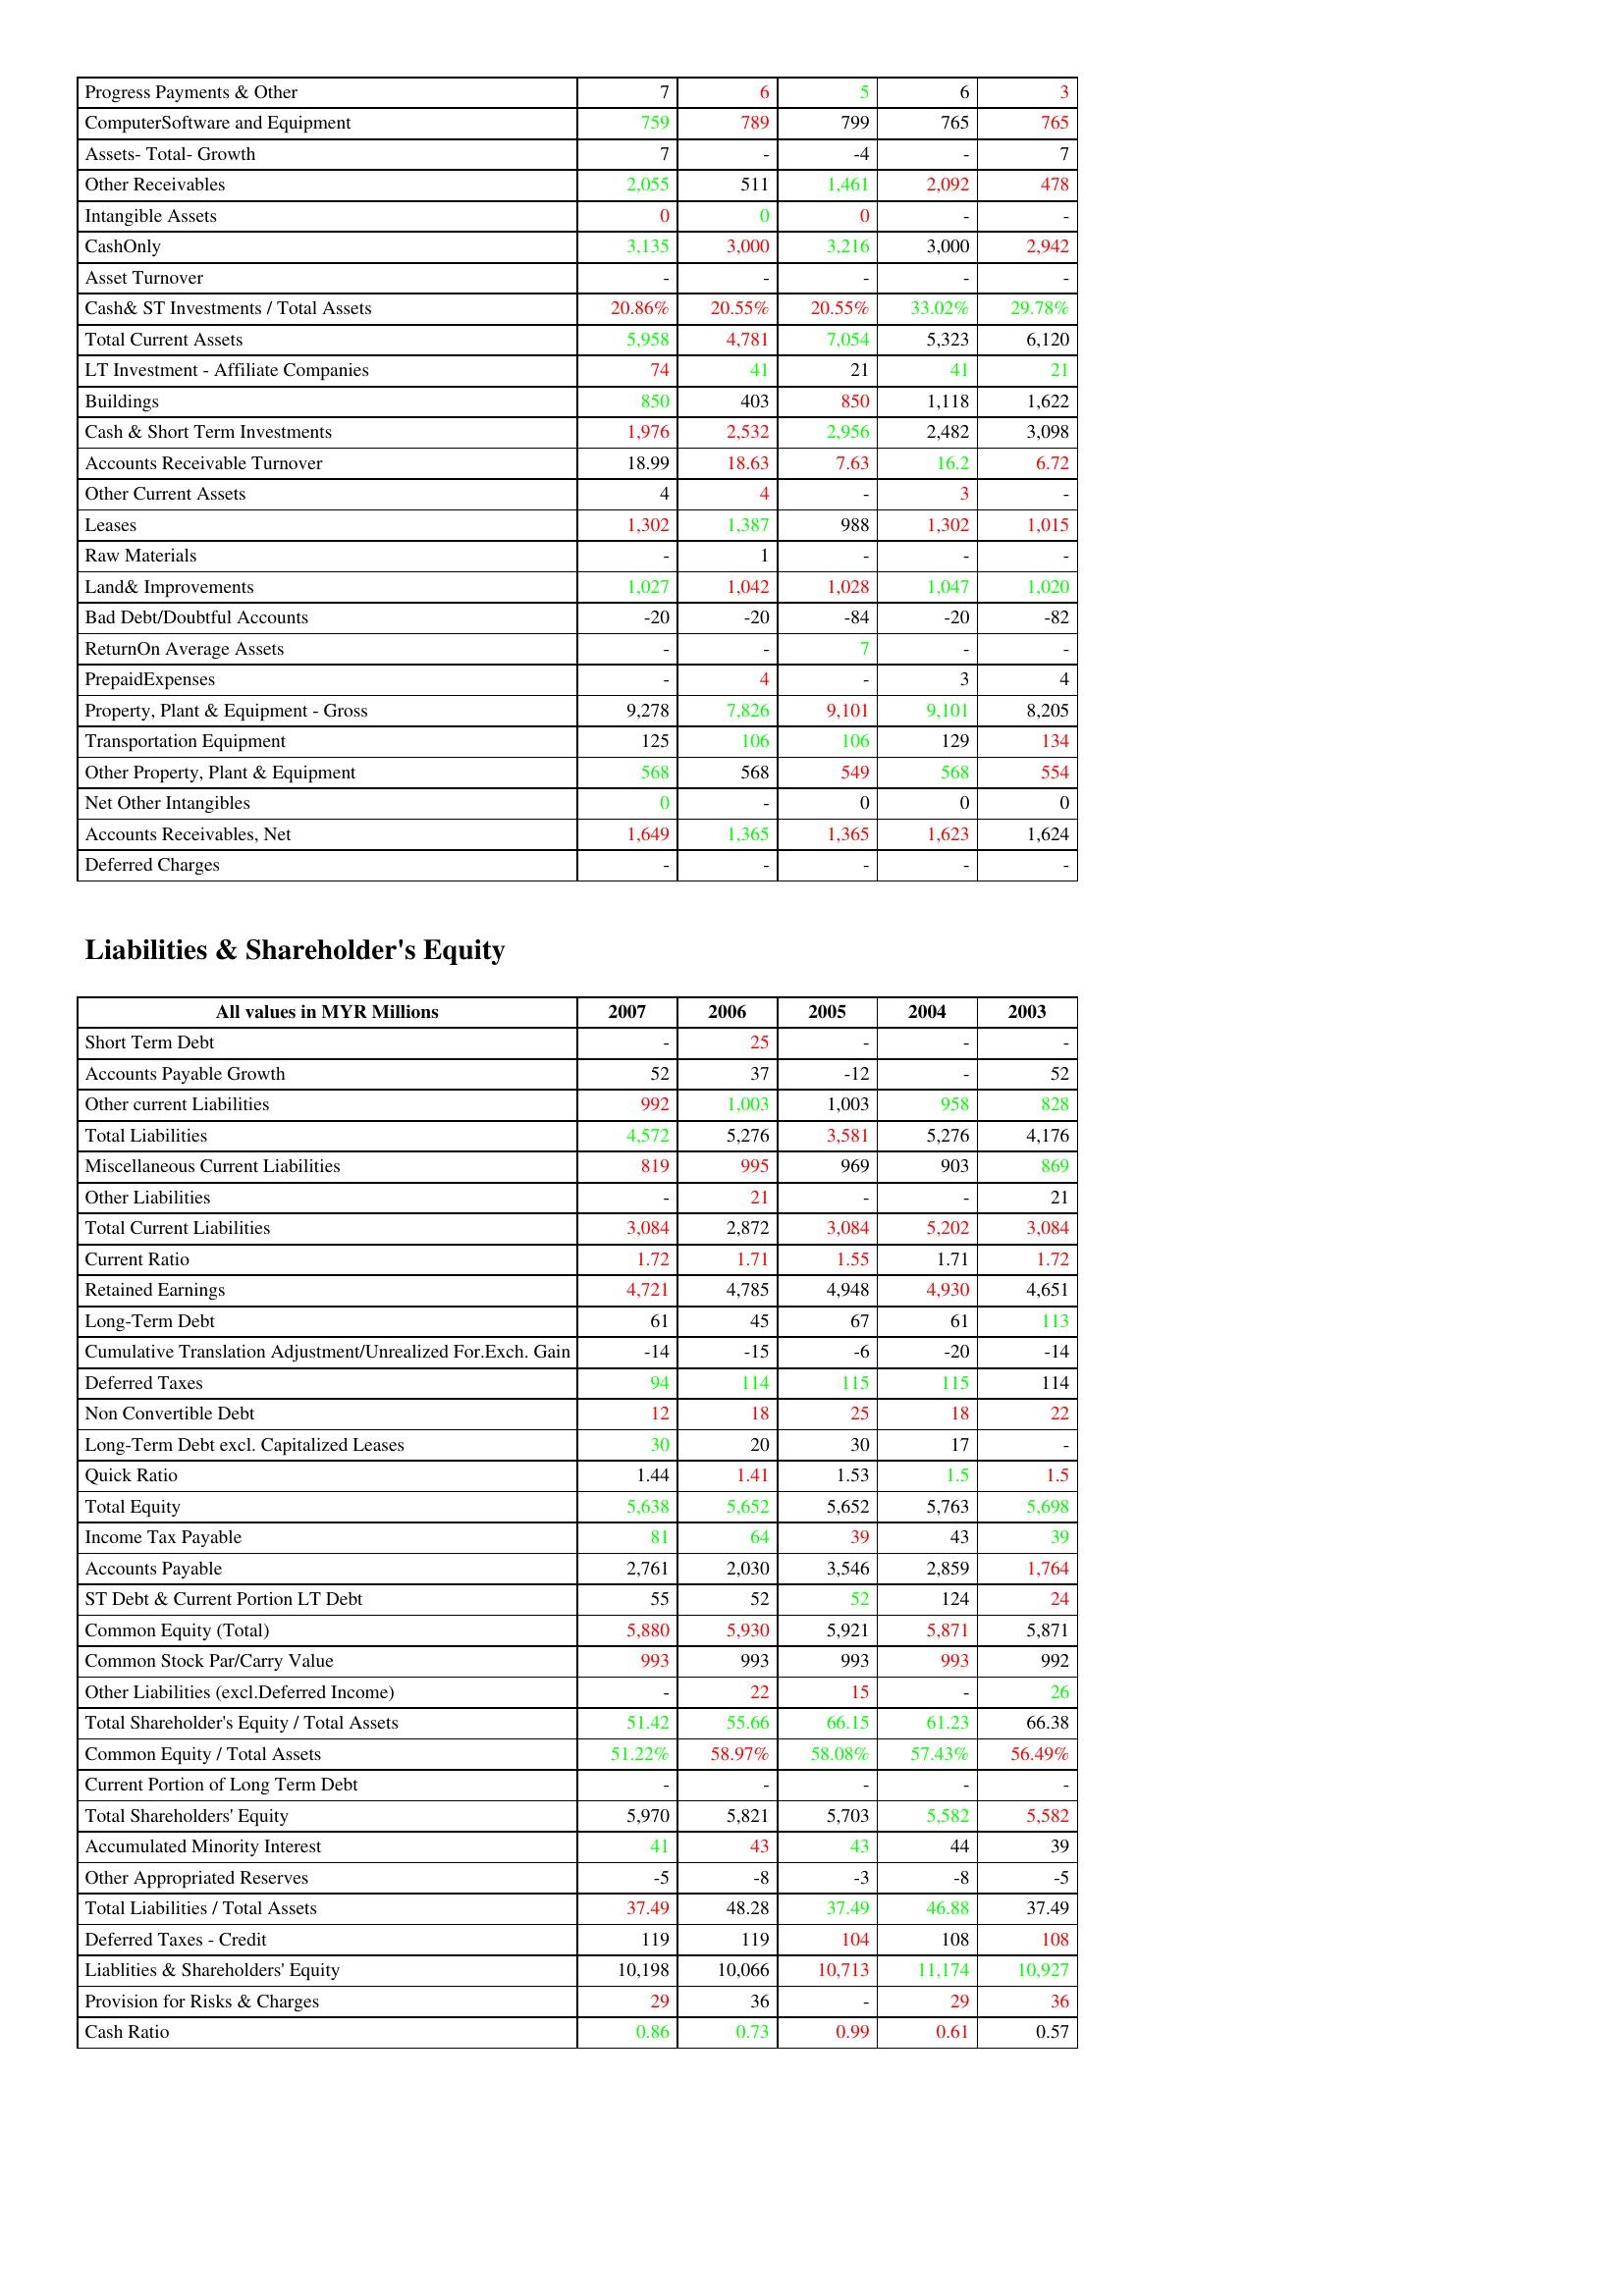
gt_parse: 2007: Assets: Progress Payments & Other: 7
ComputerSoftware and Equipment: 759
Assets- Total- Growth: 7
Other Receivables: 2,055
Intangible Assets: 0
CashOnly: 3,135
Asset Turnover: -
Cash& ST Investments / Total Assets: 20.86%
Total Current Assets: 5,958
LT Investment - Affiliate Companies: 74
Buildings: 850
Cash & Short Term Investments: 1,976
Accounts Receivable Turnover: 18.99
Other Current Assets: 4
Leases: 1,302
Raw Materials: -
Land& Improvements: 1,027
Bad Debt/Doubtful Accounts: -20
ReturnOn Average Assets: -
PrepaidExpenses: -
Property, Plant & Equipment - Gross : 9,278
Transportation Equipment: 125
Other Property, Plant & Equipment: 568
Net Other Intangibles: 0
Accounts Receivables, Net: 1,649
Deferred Charges: -
Liabilities & Shareholder's Equity: Short Term Debt: -
Accounts Payable Growth: 52
Other current Liabilities: 992
Total Liabilities: 4,572
Miscellaneous Current Liabilities: 819
Other Liabilities: -
Total Current Liabilities: 3,084
Current Ratio: 1.72
Retained Earnings: 4,721
Long-Term Debt: 61
Cumulative Translation Adjustment/Unrealized For.Exch. Gain: -14
Deferred Taxes: 94
Non Convertible Debt: 12
Long-Term Debt excl. Capitalized Leases: 30
Quick Ratio: 1.44
Total Equity: 5,638
Income Tax Payable: 81
Accounts Payable: 2,761
ST Debt & Current Portion LT Debt: 55
Common Equity (Total): 5,880
Common Stock Par/Carry Value: 993
Other Liabilities (excl.Deferred Income): -
Total Shareholder's Equity / Total Assets: 51.42
Common Equity / Total Assets: 51.22%
Current Portion of Long Term Debt: -
Total Shareholders' Equity: 5,970
Accumulated Minority Interest: 41
Other Appropriated Reserves: -5
Total Liabilities / Total Assets: 37.49
Deferred Taxes - Credit: 119
Liablities & Shareholders' Equity: 10,198
Provision for Risks & Charges: 29
Cash Ratio: 0.86
2006: Assets: Progress Payments & Other: 6
ComputerSoftware and Equipment: 789
Assets- Total- Growth: -
Other Receivables: 511
Intangible Assets: 0
CashOnly: 3,000
Asset Turnover: -
Cash& ST Investments / Total Assets: 20.55%
Total Current Assets: 4,781
LT Investment - Affiliate Companies: 41
Buildings: 403
Cash & Short Term Investments: 2,532
Accounts Receivable Turnover: 18.63
Other Current Assets: 4
Leases: 1,387
Raw Materials: 1
Land& Improvements: 1,042
Bad Debt/Doubtful Accounts: -20
ReturnOn Average Assets: -
PrepaidExpenses: 4
Property, Plant & Equipment - Gross : 7,826
Transportation Equipment: 106
Other Property, Plant & Equipment: 568
Net Other Intangibles: -
Accounts Receivables, Net: 1,365
Deferred Charges: -
Liabilities & Shareholder's Equity: Short Term Debt: 25
Accounts Payable Growth: 37
Other current Liabilities: 1,003
Total Liabilities: 5,276
Miscellaneous Current Liabilities: 995
Other Liabilities: 21
Total Current Liabilities: 2,872
Current Ratio: 1.71
Retained Earnings: 4,785
Long-Term Debt: 45
Cumulative Translation Adjustment/Unrealized For.Exch. Gain: -15
Deferred Taxes: 114
Non Convertible Debt: 18
Long-Term Debt excl. Capitalized Leases: 20
Quick Ratio: 1.41
Total Equity: 5,652
Income Tax Payable: 64
Accounts Payable: 2,030
ST Debt & Current Portion LT Debt: 52
Common Equity (Total): 5,930
Common Stock Par/Carry Value: 993
Other Liabilities (excl.Deferred Income): 22
Total Shareholder's Equity / Total Assets: 55.66
Common Equity / Total Assets: 58.97%
Current Portion of Long Term Debt: -
Total Shareholders' Equity: 5,821
Accumulated Minority Interest: 43
Other Appropriated Reserves: -8
Total Liabilities / Total Assets: 48.28
Deferred Taxes - Credit: 119
Liablities & Shareholders' Equity: 10,066
Provision for Risks & Charges: 36
Cash Ratio: 0.73
2005: Assets: Progress Payments & Other: 5
ComputerSoftware and Equipment: 799
Assets- Total- Growth: -4
Other Receivables: 1,461
Intangible Assets: 0
CashOnly: 3,216
Asset Turnover: -
Cash& ST Investments / Total Assets: 20.55%
Total Current Assets: 7,054
LT Investment - Affiliate Companies: 21
Buildings: 850
Cash & Short Term Investments: 2,956
Accounts Receivable Turnover: 7.63
Other Current Assets: -
Leases: 988
Raw Materials: -
Land& Improvements: 1,028
Bad Debt/Doubtful Accounts: -84
ReturnOn Average Assets: 7
PrepaidExpenses: -
Property, Plant & Equipment - Gross : 9,101
Transportation Equipment: 106
Other Property, Plant & Equipment: 549
Net Other Intangibles: 0
Accounts Receivables, Net: 1,365
Deferred Charges: -
Liabilities & Shareholder's Equity: Short Term Debt: -
Accounts Payable Growth: -12
Other current Liabilities: 1,003
Total Liabilities: 3,581
Miscellaneous Current Liabilities: 969
Other Liabilities: -
Total Current Liabilities: 3,084
Current Ratio: 1.55
Retained Earnings: 4,948
Long-Term Debt: 67
Cumulative Translation Adjustment/Unrealized For.Exch. Gain: -6
Deferred Taxes: 115
Non Convertible Debt: 25
Long-Term Debt excl. Capitalized Leases: 30
Quick Ratio: 1.53
Total Equity: 5,652
Income Tax Payable: 39
Accounts Payable: 3,546
ST Debt & Current Portion LT Debt: 52
Common Equity (Total): 5,921
Common Stock Par/Carry Value: 993
Other Liabilities (excl.Deferred Income): 15
Total Shareholder's Equity / Total Assets: 66.15
Common Equity / Total Assets: 58.08%
Current Portion of Long Term Debt: -
Total Shareholders' Equity: 5,703
Accumulated Minority Interest: 43
Other Appropriated Reserves: -3
Total Liabilities / Total Assets: 37.49
Deferred Taxes - Credit: 104
Liablities & Shareholders' Equity: 10,713
Provision for Risks & Charges: -
Cash Ratio: 0.99
2004: Assets: Progress Payments & Other: 6
ComputerSoftware and Equipment: 765
Assets- Total- Growth: -
Other Receivables: 2,092
Intangible Assets: -
CashOnly: 3,000
Asset Turnover: -
Cash& ST Investments / Total Assets: 33.02%
Total Current Assets: 5,323
LT Investment - Affiliate Companies: 41
Buildings: 1,118
Cash & Short Term Investments: 2,482
Accounts Receivable Turnover: 16.2
Other Current Assets: 3
Leases: 1,302
Raw Materials: -
Land& Improvements: 1,047
Bad Debt/Doubtful Accounts: -20
ReturnOn Average Assets: -
PrepaidExpenses: 3
Property, Plant & Equipment - Gross : 9,101
Transportation Equipment: 129
Other Property, Plant & Equipment: 568
Net Other Intangibles: 0
Accounts Receivables, Net: 1,623
Deferred Charges: -
Liabilities & Shareholder's Equity: Short Term Debt: -
Accounts Payable Growth: -
Other current Liabilities: 958
Total Liabilities: 5,276
Miscellaneous Current Liabilities: 903
Other Liabilities: -
Total Current Liabilities: 5,202
Current Ratio: 1.71
Retained Earnings: 4,930
Long-Term Debt: 61
Cumulative Translation Adjustment/Unrealized For.Exch. Gain: -20
Deferred Taxes: 115
Non Convertible Debt: 18
Long-Term Debt excl. Capitalized Leases: 17
Quick Ratio: 1.5
Total Equity: 5,763
Income Tax Payable: 43
Accounts Payable: 2,859
ST Debt & Current Portion LT Debt: 124
Common Equity (Total): 5,871
Common Stock Par/Carry Value: 993
Other Liabilities (excl.Deferred Income): -
Total Shareholder's Equity / Total Assets: 61.23
Common Equity / Total Assets: 57.43%
Current Portion of Long Term Debt: -
Total Shareholders' Equity: 5,582
Accumulated Minority Interest: 44
Other Appropriated Reserves: -8
Total Liabilities / Total Assets: 46.88
Deferred Taxes - Credit: 108
Liablities & Shareholders' Equity: 11,174
Provision for Risks & Charges: 29
Cash Ratio: 0.61
2003: Assets: Progress Payments & Other: 3
ComputerSoftware and Equipment: 765
Assets- Total- Growth: 7
Other Receivables: 478
Intangible Assets: -
CashOnly: 2,942
Asset Turnover: -
Cash& ST Investments / Total Assets: 29.78%
Total Current Assets: 6,120
LT Investment - Affiliate Companies: 21
Buildings: 1,622
Cash & Short Term Investments: 3,098
Accounts Receivable Turnover: 6.72
Other Current Assets: -
Leases: 1,015
Raw Materials: -
Land& Improvements: 1,020
Bad Debt/Doubtful Accounts: -82
ReturnOn Average Assets: -
PrepaidExpenses: 4
Property, Plant & Equipment - Gross : 8,205
Transportation Equipment: 134
Other Property, Plant & Equipment: 554
Net Other Intangibles: 0
Accounts Receivables, Net: 1,624
Deferred Charges: -
Liabilities & Shareholder's Equity: Short Term Debt: -
Accounts Payable Growth: 52
Other current Liabilities: 828
Total Liabilities: 4,176
Miscellaneous Current Liabilities: 869
Other Liabilities: 21
Total Current Liabilities: 3,084
Current Ratio: 1.72
Retained Earnings: 4,651
Long-Term Debt: 113
Cumulative Translation Adjustment/Unrealized For.Exch. Gain: -14
Deferred Taxes: 114
Non Convertible Debt: 22
Long-Term Debt excl. Capitalized Leases: -
Quick Ratio: 1.5
Total Equity: 5,698
Income Tax Payable: 39
Accounts Payable: 1,764
ST Debt & Current Portion LT Debt: 24
Common Equity (Total): 5,871
Common Stock Par/Carry Value: 992
Other Liabilities (excl.Deferred Income): 26
Total Shareholder's Equity / Total Assets: 66.38
Common Equity / Total Assets: 56.49%
Current Portion of Long Term Debt: -
Total Shareholders' Equity: 5,582
Accumulated Minority Interest: 39
Other Appropriated Reserves: -5
Total Liabilities / Total Assets: 37.49
Deferred Taxes - Credit: 108
Liablities & Shareholders' Equity: 10,927
Provision for Risks & Charges: 36
Cash Ratio: 0.57